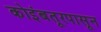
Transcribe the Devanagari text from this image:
कोइंबतूरपासून